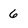
Character: 6